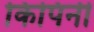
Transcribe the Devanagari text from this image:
किपिनी